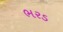
ભરડ